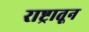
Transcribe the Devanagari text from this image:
राष्ट्रातून